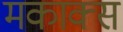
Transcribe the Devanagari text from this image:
मकाक्स